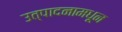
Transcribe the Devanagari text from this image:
उत्पादनामधून